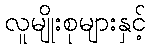
လူမျိုးစုများနှင့်